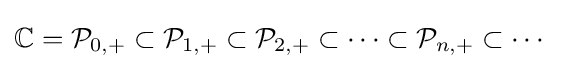
\mathbb {C} ={\mathcal {P}}_{0,+}\subset {\mathcal {P}}_{1,+}\subset {\mathcal {P}}_{2,+}\subset \cdots \subset {\mathcal {P}}_{n,+}\subset \cdots